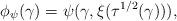
LaTeX: \begin{align*}\phi_{\psi}(\gamma)=\psi (\gamma,\xi (\tau^{1/2}(\gamma ))),\end{align*}